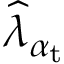
\widehat { \lambda } _ { \alpha _ { \mathrm { t } } }